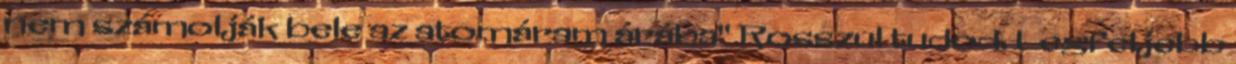
nem számolják bele az atomáram árába" Rosszul tudod. Legfeljebb